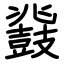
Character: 鼗